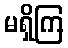
မရှိကြ